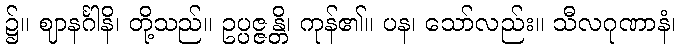
၌။ ဈာနင်္ဂါနိ၊ တို့သည်။ ဥပ္ပဇ္ဇန္တိ၊ ကုန်၏။ ပန၊ သော်လည်း။ သီလဂုဏာနံ၊